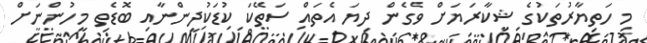
މި ހަތިޔާރުތަކުގެ ޝިކާރަޔަށް ވެގެން ދިޔަ އެތައް ސަތޭކަ ކުޑަކުދީންނާއި ބޮޑެތި މީހުންނަށް